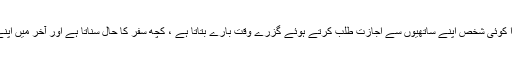
مہمانوں میں سے عمر میں بڑا کوئی شخص اپنے ساتھیوں سے اجازت طلب کرتے ہوئے گزرے وقت بارے بتاتا ہے ، کچھ سفر کا حال سناتا ہے اور آخر میں اپنے آنے کا مقصد بیان کرتا ہے۔